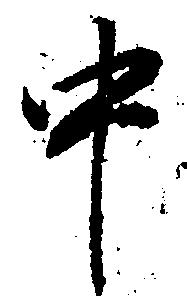
中